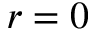
r = 0